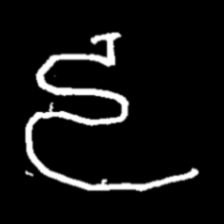
Pyu character \u2014 Myanmar letter: ဠ (romanized: lla)